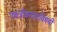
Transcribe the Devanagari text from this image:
एकत्रीकरणाविषयी